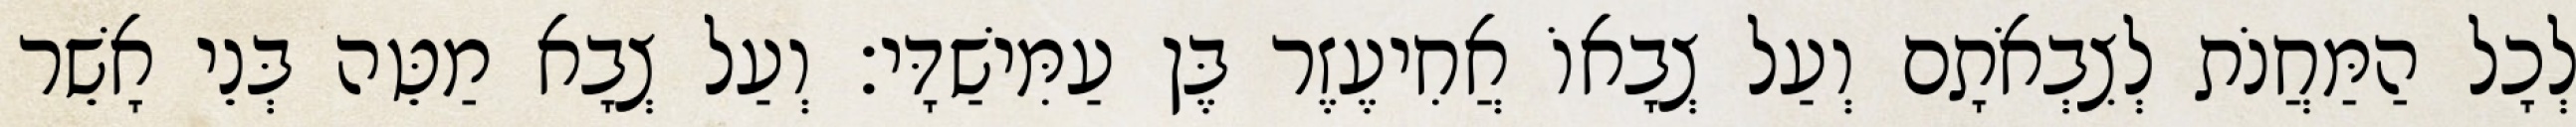
לְכָל הַמַּחֲנֹת לְצִבְאֹתָם וְעַל צְבָאוֹ אֲחִיעֶזֶר בֶּן עַמִּישַׁדָּי׃ וְעַל צְבָא מַטֵּה בְּנֵי אָשֵׁר